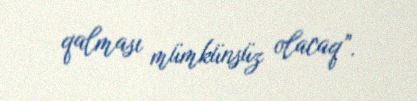
qalması mümkünsüz olacaq”.